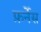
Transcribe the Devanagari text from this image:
फ़र्नेस